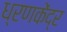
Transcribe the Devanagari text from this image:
ध्रणकेंद्र